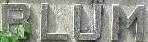
BLUM